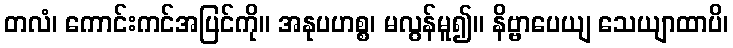
တလံ၊ ကောင်းကင်အပြင်ကို။ အနုပဟစ္စ၊ မလွန်မူ၍။ နိဗ္ဗာပေယျ သေယျာထာပိ၊